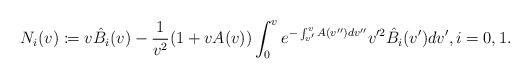
LaTeX: \begin{align*} N_{i}(v)\coloneqq v\hat{B}_{i}(v)-\frac{1}{v^2}(1+vA(v))\int_0^ve^{-\int_{v'}^vA(v'')dv''}v'^2\hat{B}_{i}(v')dv',\textrm{$i=0,1$}.\end{align*}